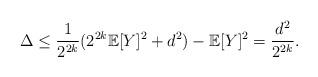
LaTeX: \begin{align*}\Delta & \leq \frac{1}{2^{2k}} (2^{2k} \mathbb{E}[Y]^2 + d^2) - \mathbb{E}[Y]^2 = \frac{d^2}{2^{2k}}.\end{align*}